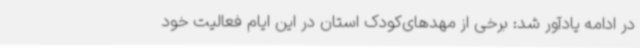
در ادامه یادآور شد: برخی از مهدهای‌کودک استان در این ایام فعالیت خود